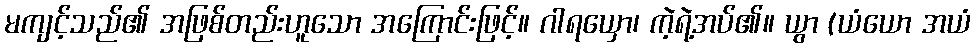
မကျင့်သည်၏ အဖြစ်တည်းဟူသော အကြောင်းဖြင့်။ ဂါရယှော၊ ကဲ့ရဲ့အပ်၏။ ယွာ (ယံယော အယံ